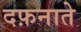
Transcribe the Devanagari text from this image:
दफ़नाते